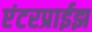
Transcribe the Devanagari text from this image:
एंटरप्राईझ